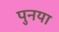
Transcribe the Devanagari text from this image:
पुनया